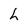
Character: h